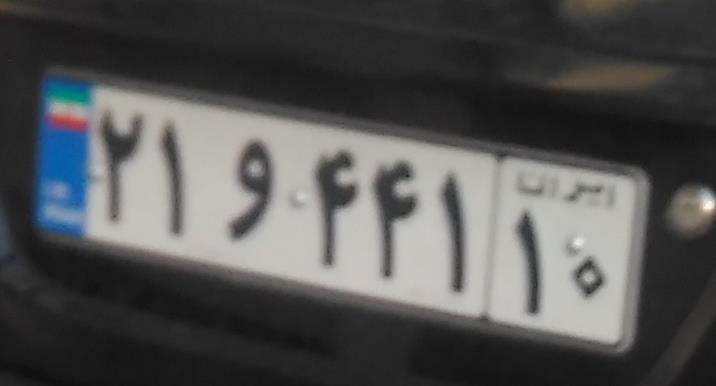
۲۱و۴۴۱۱۰